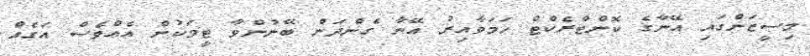
މިސީޒަންގައި އޭނާގެ ކޮންޓްރެކްޓް ހަމަވާއިރު އޭނާ ގެންދަން ބޭނުންވާ ޓީމަކުން އެއްވެސް އަގެއް